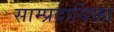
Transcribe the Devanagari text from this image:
साम्प्रदायिक्ता